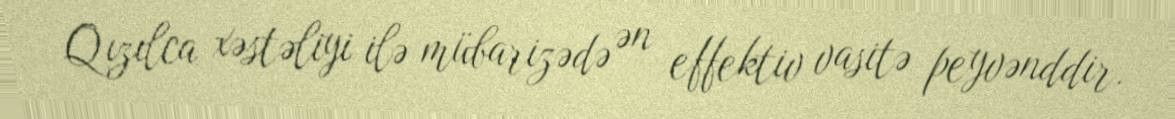
Qızılca xəstəliyi ilə mübarizədə ən effektiv vasitə peyvənddir.